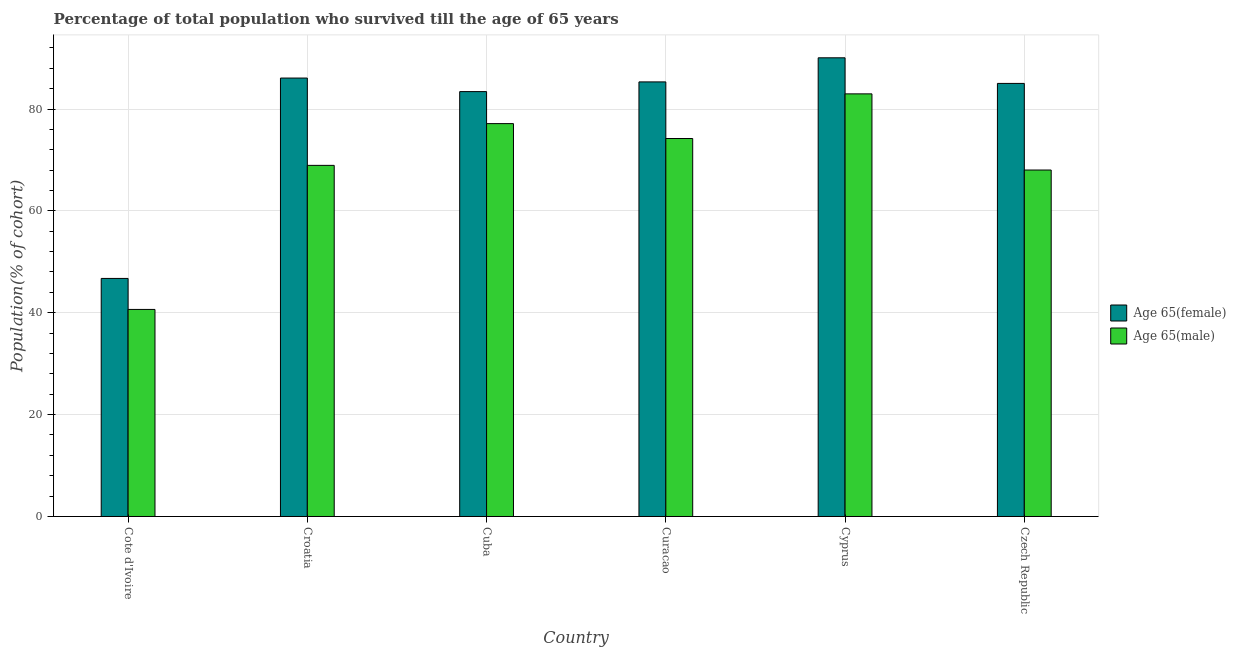
| Country | Age 65(female) | Age 65(male) |
 | --- | --- | --- |
 | Cote d'Ivoire | 46.7 | 40.6 |
 | Croatia | 86.1 | 68.9 |
 | Cuba | 83.4 | 77.1 |
 | Curacao | 85.3 | 74.2 |
 | Cyprus | 90.1 | 83 |
 | Czech Republic | 85 | 68 |